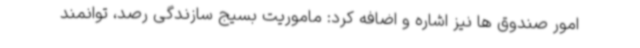
امور صندوق ها نیز اشاره و اضافه کرد: ماموریت بسیج سازندگی رصد، توانمند